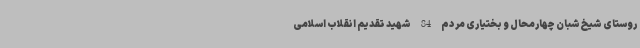
روستای شیخ‌شبان چهارمحال و بختیاری مردم 84 شهید تقدیم انقلاب اسلامی